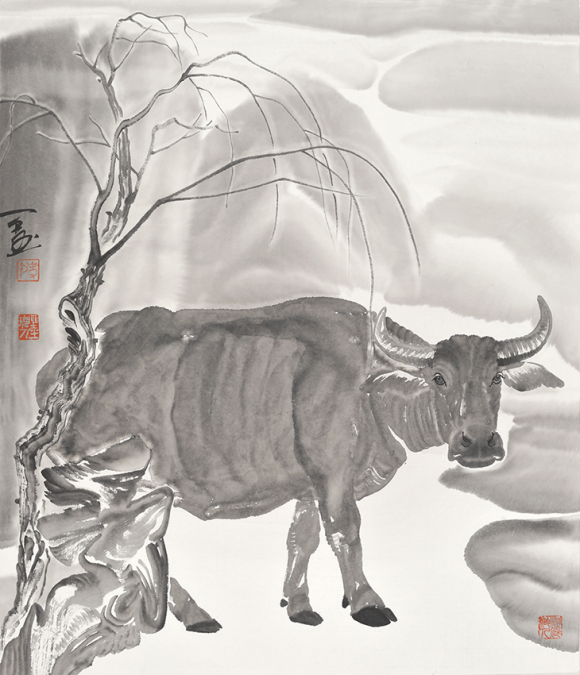
一日官军收海服，驱牛驾车食牛肉，归来攸得牛两角。